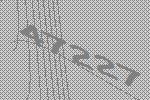
47227